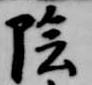
陰